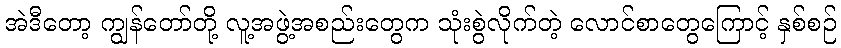
အဲဒီတော့ ကျွန်တော်တို့ လူ့အဖွဲ့အစည်းတွေက သုံးစွဲလိုက်တဲ့ လောင်စာတွေကြောင့် နှစ်စဉ်